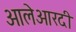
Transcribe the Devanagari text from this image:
आलेआरदी